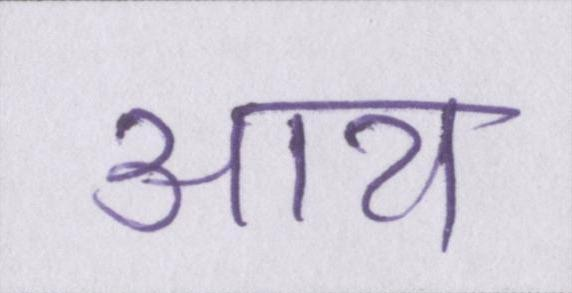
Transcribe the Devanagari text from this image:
आय